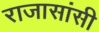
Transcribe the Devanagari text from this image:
राजासांसी